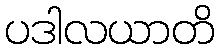
ပဒါလယာတိ